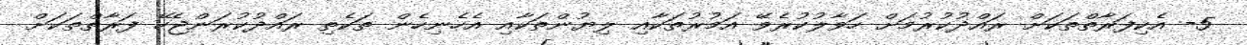
5- އެކިފަރާތްތަކަށް ރައްދުކުރުމަށް ހަވާލުކުރެވޭ އަމުރުތަކާއި ލިޔުންތަކާއި އެހެނިހެން ތަކެތި ރައްދުކުރަންޖެހޭ ފަރާތްތަކަށް